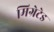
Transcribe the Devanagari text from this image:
मिग्रेटेड